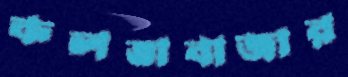
কলতাবাজার